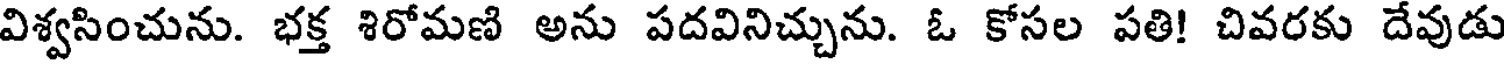
విశ్వసించును. భక్త శిరోమణి అను పదవినిచ్చును. ఓ కోసల పతి! చివరకు దేవుడు